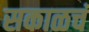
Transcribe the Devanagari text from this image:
सकाळचं